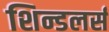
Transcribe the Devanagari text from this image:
शिन्डलर्स